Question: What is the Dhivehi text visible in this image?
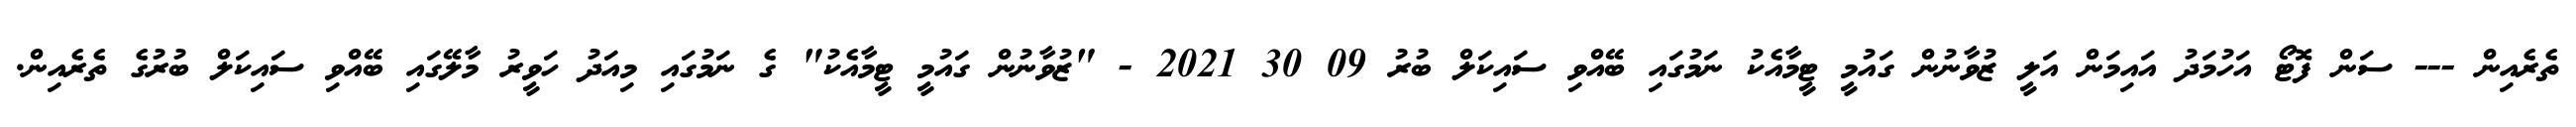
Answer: ތެރެއިން --- ސަން ފޮޓޯ އަހުމަދު އައިމަން އަލީ ޒުވާނުން ގައުމީ ޓީމާއެކު ނަމުގައި ބޭއްވި ސައިކަލް ބުރު 09 30 2021 - "ޒުވާނުން ގައުމީ ޓީމާއެކު" ގެ ނަމުގައި މިއަދު ހަވީރު މާލޭގައި ބޭއްވި ސައިކަލް ބުރުގެ ތެރެއިން.